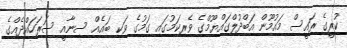
ކުރީގެ ރައީސް މައުމޫން އަބްދުލްގައްޔޫމްގެ ވެރިކަމުގައި ގަމުގެ ވަކި ބައެއް ސިނާއީ ސަރަހައްދެއްގެ